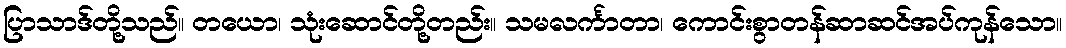
ပြာသာဒ်တို့သည်။ တယော၊ သုံးဆောင်တို့တည်း။ သမလင်္ကာတာ၊ ကောင်းစွာတန်ဆာဆင်အပ်ကုန်သော။